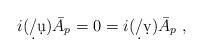
LaTeX: \begin{align*} i(\d/\d u) \bar A_p = 0 = i(\d/\d v) \bar A_p~,\end{align*}